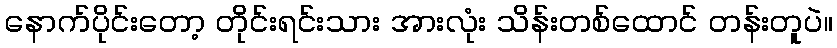
နောက်ပိုင်းတော့ တိုင်းရင်းသား အားလုံး သိန်းတစ်ထောင် တန်းတူပဲ။